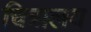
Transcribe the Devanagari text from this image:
चित्रालय